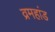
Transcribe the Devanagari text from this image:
व्रमहांड